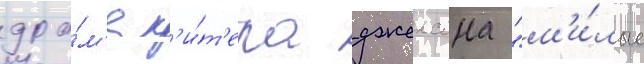
дра́м'е п'и́т'ера джексона "м'и́лые